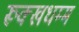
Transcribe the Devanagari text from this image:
रूक्खधम्म